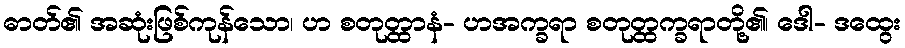
ဓာတ်၏ အဆုံးဖြစ်ကုန်သော၊ ဟ စတုတ္ထာနံ- ဟအက္ခရာ စတုတ္ထက္ခရာတို့၏၊ ဒေါ- ဒထွေး